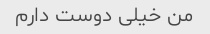
من خیلی دوست دارم